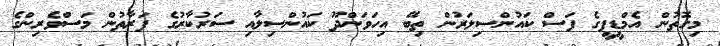
މިގޮތުން އެމްޑީޕީގެ ފަސް ކައުންސިލަރުން ތިބޭ އިހަވަންދޫ ކައުންސިލާއި ސަރުކާރުގެ ފަރާތުން މަސްވެރިންގެ